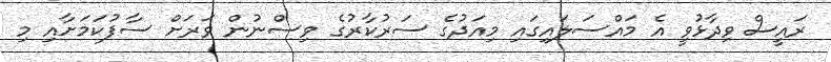
ރައީސް ވިދާޅުވީ އެ މައްސަލައިގައި މިއަދުގެ ސަރުކާރުގެ ވިސްނުން ވަރަށް ސާފުކަމަށާއި މި